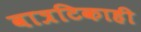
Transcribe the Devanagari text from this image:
वात्रटिकाही